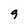
Character: 9